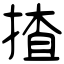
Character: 揸